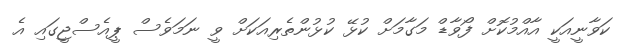
ކަވާނީއަކީ އާއްމުކޮށް ފޯވާޑް މަގާމަށް ކުޅޭ ކުޅުންތެރިއަކަށް ވީ ނަމަވެސް ޕީއެސްޖީގައި އެ